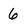
Character: 6